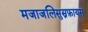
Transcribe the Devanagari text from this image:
मजाजलिसुस्नफ़ायस